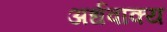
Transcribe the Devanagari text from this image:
अर्धवाक्य